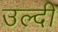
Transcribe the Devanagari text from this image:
उल्दी